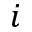
i